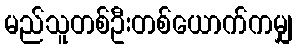
မည်သူတစ်ဦးတစ်ယောက်ကမျှ